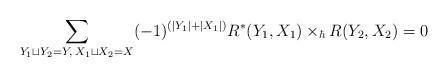
LaTeX: \begin{align*}\sum_{Y_1\sqcup Y_2=Y,\>X_1\sqcup X_2=X}(-1)^{(|Y_1|+|X_1|)}R^*(Y_1,X_1)\times_\hbar R(Y_2,X_2)=0\end{align*}